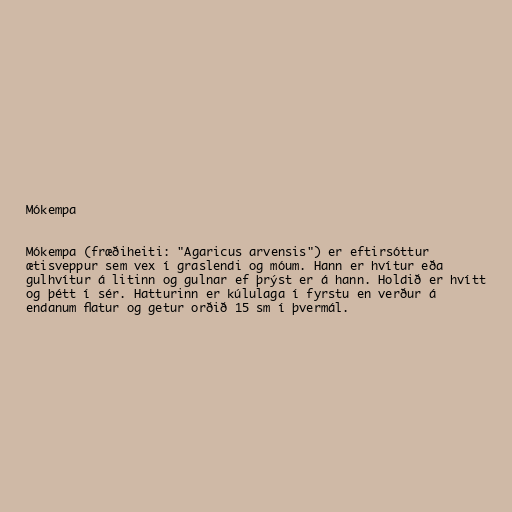
Mókempa

Mókempa (fræðiheiti: "Agaricus arvensis") er eftirsóttur
ætisveppur sem vex í graslendi og móum. Hann er hvítur eða
gulhvítur á litinn og gulnar ef þrýst er á hann. Holdið er hvítt
og þétt í sér. Hatturinn er kúlulaga í fyrstu en verður á
endanum flatur og getur orðið 15 sm í þvermál.